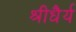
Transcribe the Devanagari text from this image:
श्रीधैर्य